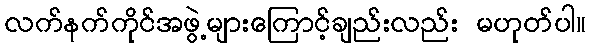
လက်နက်ကိုင်အဖွဲ့များကြောင့်ချည်းလည်း မဟုတ်ပါ။